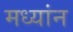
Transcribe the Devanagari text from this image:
मध्यांन